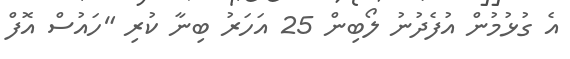
އެ ގުޅުމުން އުފެދުނު ލޯބިން 25 އަހަރު ބިނާ ކުރި "ހައުސް އޮފް